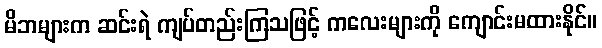
မိဘများက ဆင်းရဲ ကျပ်တည်းကြသဖြင့် ကလေးများကို ကျောင်းမထားနိုင်။